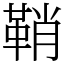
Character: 鞘